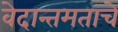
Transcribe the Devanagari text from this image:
वेदान्तमताचे